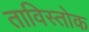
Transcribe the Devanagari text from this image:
ताविस्तोक